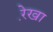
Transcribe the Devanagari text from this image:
रे़खा